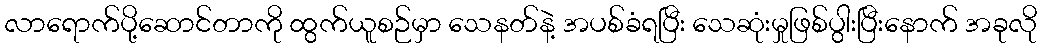
လာရောက်ပို့ဆောင်တာကို ထွက်ယူစဉ်မှာ သေနတ်နဲ့ အပစ်ခံရပြီး သေဆုံးမှုဖြစ်ပွါးပြီးနောက် အခုလို